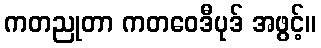
ကတညုတာ ကတဝေဒီပုဒ် အဖွင့်။